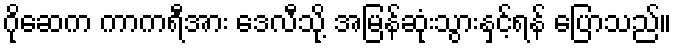
ဂိုဆေက ကာကရီအား ဒေလီသို့ အမြန်ဆုံးသွားနှင့်ရန် ပြောသည်။